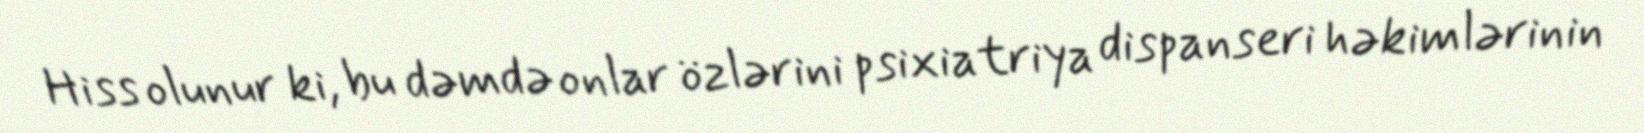
Hiss olunur ki, bu dəmdə onlar özlərini psixiatriya dispanseri həkimlərinin